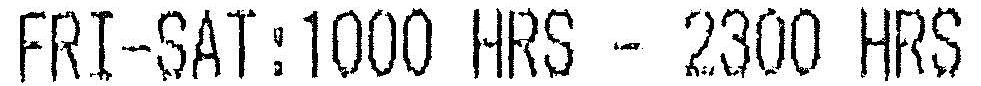
FRI-SAT:1000 HRS - 2300 HRS